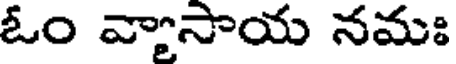
ఓం వ్యాసాయ నమః